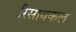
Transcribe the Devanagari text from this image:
रिसायकल